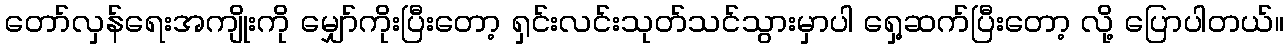
တော်လှန်ရေးအကျိုးကို မျှော်ကိုးပြီးတော့ ရှင်းလင်းသုတ်သင်သွားမှာပါ ရှေ့ဆက်ပြီးတော့ လို့ ပြောပါတယ်။